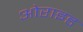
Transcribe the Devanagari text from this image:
ओराइड